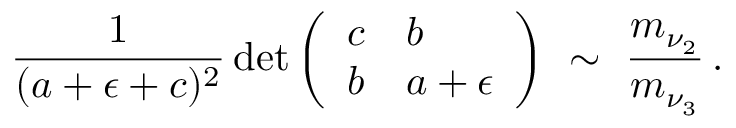
\frac { 1 } { ( a + \epsilon + c ) ^ { 2 } } \operatorname * { d e t } \left( \begin{array} { l l } { { c } } & { { b } } \\ { { b } } & { { a + \epsilon } } \end{array} \right) \ \sim \ \frac { m _ { \nu _ { 2 } } } { m _ { \nu _ { 3 } } } \, .